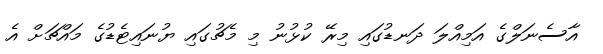
އާސެނަލްގެ އަމިއްލަ ދަނޑުގައި މިރޭ ކުޅުނު މި މެޗުގައި ޔުނައިޓެޑުގެ މައްޗަށް އެ